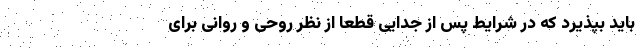
باید بپذیرد که در شرایط پس از جدایی قطعا از نظر روحی و روانی برای